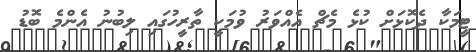
ޓީމަކާ ދެކޮޅަށް ކުޅެ މެޗް އެއްވަރު ވުމަކީ ތާރީހުގައި ލިބުނު އެންމެ ބޮޑު